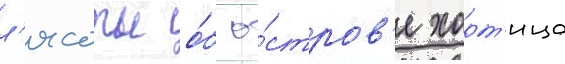
л'ясоты о́б о́стров'е хорт'ица